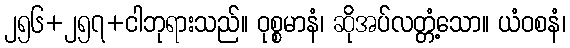
၂၅၆+၂၅၇+ငါဘုရားသည်။ ဝုစ္စမာနံ၊ ဆိုအပ်လတ္တံ့သော။ ယံဝစနံ၊